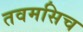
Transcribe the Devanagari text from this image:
तवमसिच